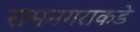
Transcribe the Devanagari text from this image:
रामनगराकडे